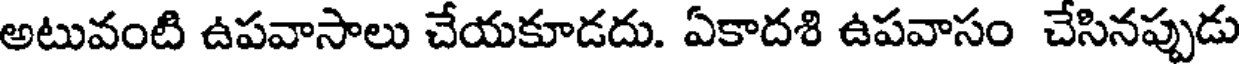
అటువంటి ఉపవాసాలు చేయకూడదు. ఏకాదశి ఉపవాసం చేసినప్పుడు